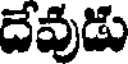
దేవుడు